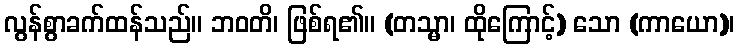
လွန်စွာခက်ထန်သည်။ ဘဝတိ၊ ဖြစ်ရ၏။ (တသ္မာ၊ ထိုကြောင့်) သော (ကာယော)၊